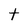
Character: t